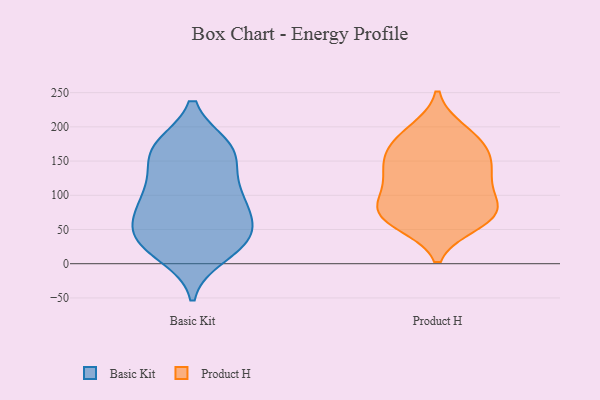
{"axis": {"x": "Active Users", "y": "Value"}, "legend": ["Basic Kit", "Product H"], "data": [{"x": "", "y": 167, "type": "Basic Kit"}, {"x": "", "y": 76, "type": "Basic Kit"}, {"x": "", "y": 63, "type": "Basic Kit"}, {"x": "", "y": 31, "type": "Basic Kit"}, {"x": "", "y": 43, "type": "Basic Kit"}, {"x": "", "y": 90, "type": "Basic Kit"}, {"x": "", "y": 115, "type": "Basic Kit"}, {"x": "", "y": 159, "type": "Basic Kit"}, {"x": "", "y": 72, "type": "Basic Kit"}, {"x": "", "y": 171, "type": "Basic Kit"}, {"x": "", "y": 36, "type": "Basic Kit"}, {"x": "", "y": 164, "type": "Basic Kit"}, {"x": "", "y": 13, "type": "Basic Kit"}, {"x": "", "y": 100, "type": "Basic Kit"}, {"x": "", "y": 24, "type": "Basic Kit"}, {"x": "", "y": 116, "type": "Basic Kit"}, {"x": "", "y": 37, "type": "Basic Kit"}, {"x": "", "y": 170, "type": "Basic Kit"}, {"x": "", "y": 60, "type": "Product H"}, {"x": "", "y": 183, "type": "Product H"}, {"x": "", "y": 154, "type": "Product H"}, {"x": "", "y": 132, "type": "Product H"}, {"x": "", "y": 114, "type": "Product H"}, {"x": "", "y": 82, "type": "Product H"}, {"x": "", "y": 194, "type": "Product H"}, {"x": "", "y": 74, "type": "Product H"}, {"x": "", "y": 64, "type": "Product H"}, {"x": "", "y": 144, "type": "Product H"}, {"x": "", "y": 74, "type": "Product H"}, {"x": "", "y": 180, "type": "Product H"}, {"x": "", "y": 112, "type": "Product H"}, {"x": "", "y": 76, "type": "Product H"}, {"x": "", "y": 154, "type": "Product H"}]}